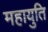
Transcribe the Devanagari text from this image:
महायुति